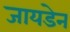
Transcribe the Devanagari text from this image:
जायडेन